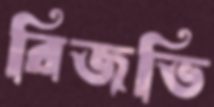
রিজভি